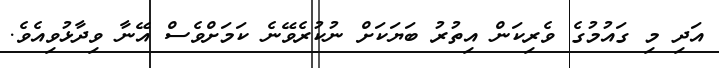
އަދި މި ގައުމުގެ ވެރިކަން އިތުރު ބަޔަކަށް ނުކުރެވޭނެ ކަމަށްވެސް އޭނާ ވިދާޅުވިއެވެ.